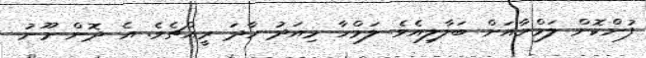
ފުންކޮށް ލަމްހާއަށް ބަލާލިއެވެ. ލަމްހާ މިއަދު ހާދަ ރީއްޗެވެ. އެ ދޮން މޫނު